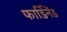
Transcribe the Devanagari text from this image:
फार्डिनेंड